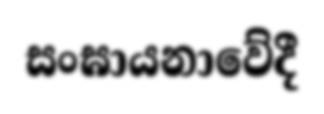
සංඝායනාවේදී